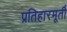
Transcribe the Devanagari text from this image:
प्रतिहारमूर्ती